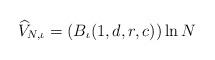
LaTeX: \begin{align*}\widehat{V}_{N,\iota}= (B_\iota(1, d, r, c)) \ln N \end{align*}